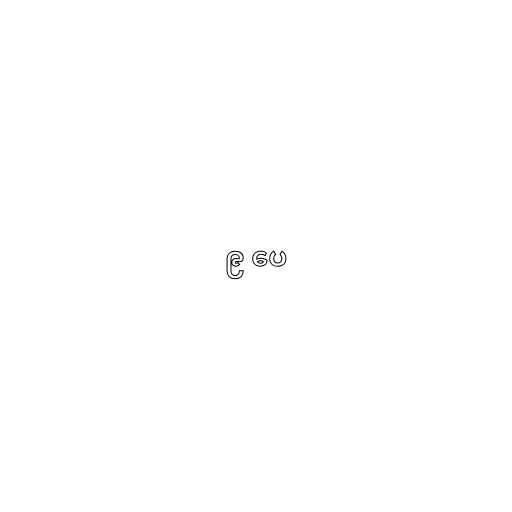
၉ ပေ